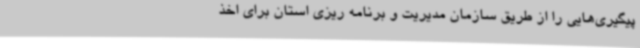
پیگیری‌هایی را از طریق سازمان مدیریت و برنامه ریزی استان برای اخذ